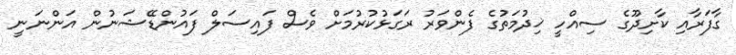
ގާފަރާއި ކާށިދޫގެ ސިއްހީ ޚިދުމަތުގެ ފެންވަރު ރަގަޅުކުރުމަށް ވެސް ފައިސަލް ފައުންޑޭޝަނުން އަންނަނީ